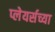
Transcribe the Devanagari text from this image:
प्लेयर्सच्या